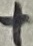
Text: +